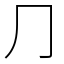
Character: ⺆